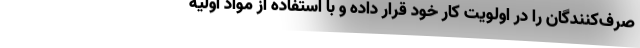
صرف‌کنندگان را در اولویت کار خود قرار داده و با استفاده از مواد اولیه